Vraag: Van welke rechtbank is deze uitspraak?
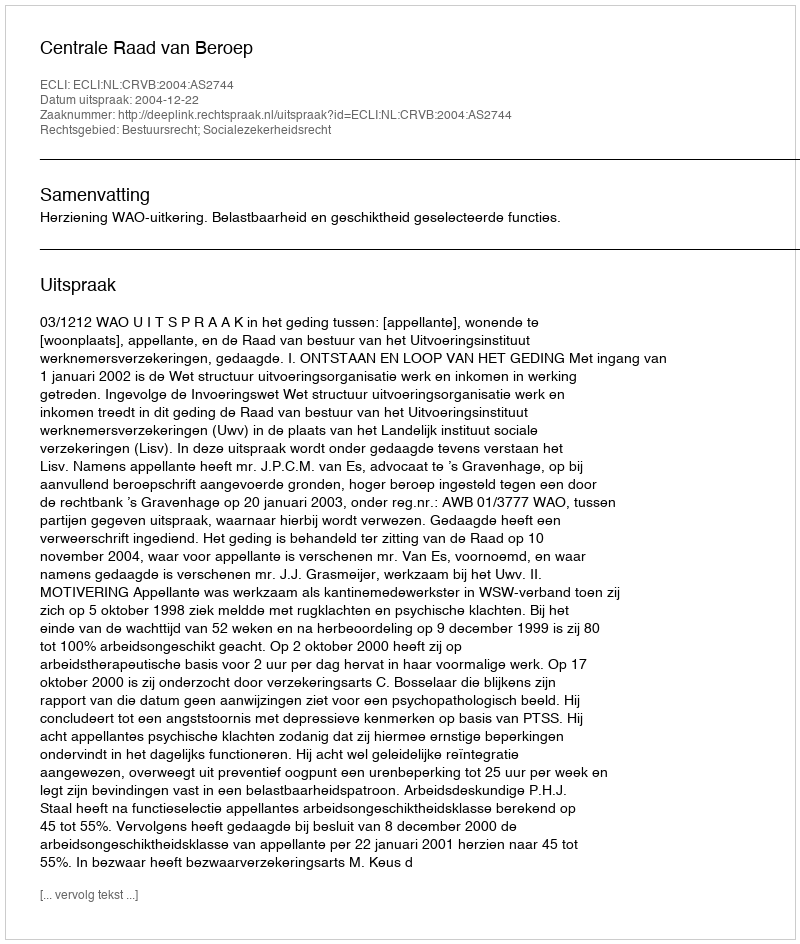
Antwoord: Centrale Raad van Beroep